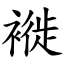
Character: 褷